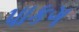
પાકગ